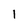
Character: 1